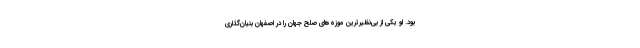
بود. او یکی از بی‌نظیرترین موزه‌های صلح جهان را در اصفهان بنیان‌گذاری